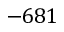
- 6 8 1